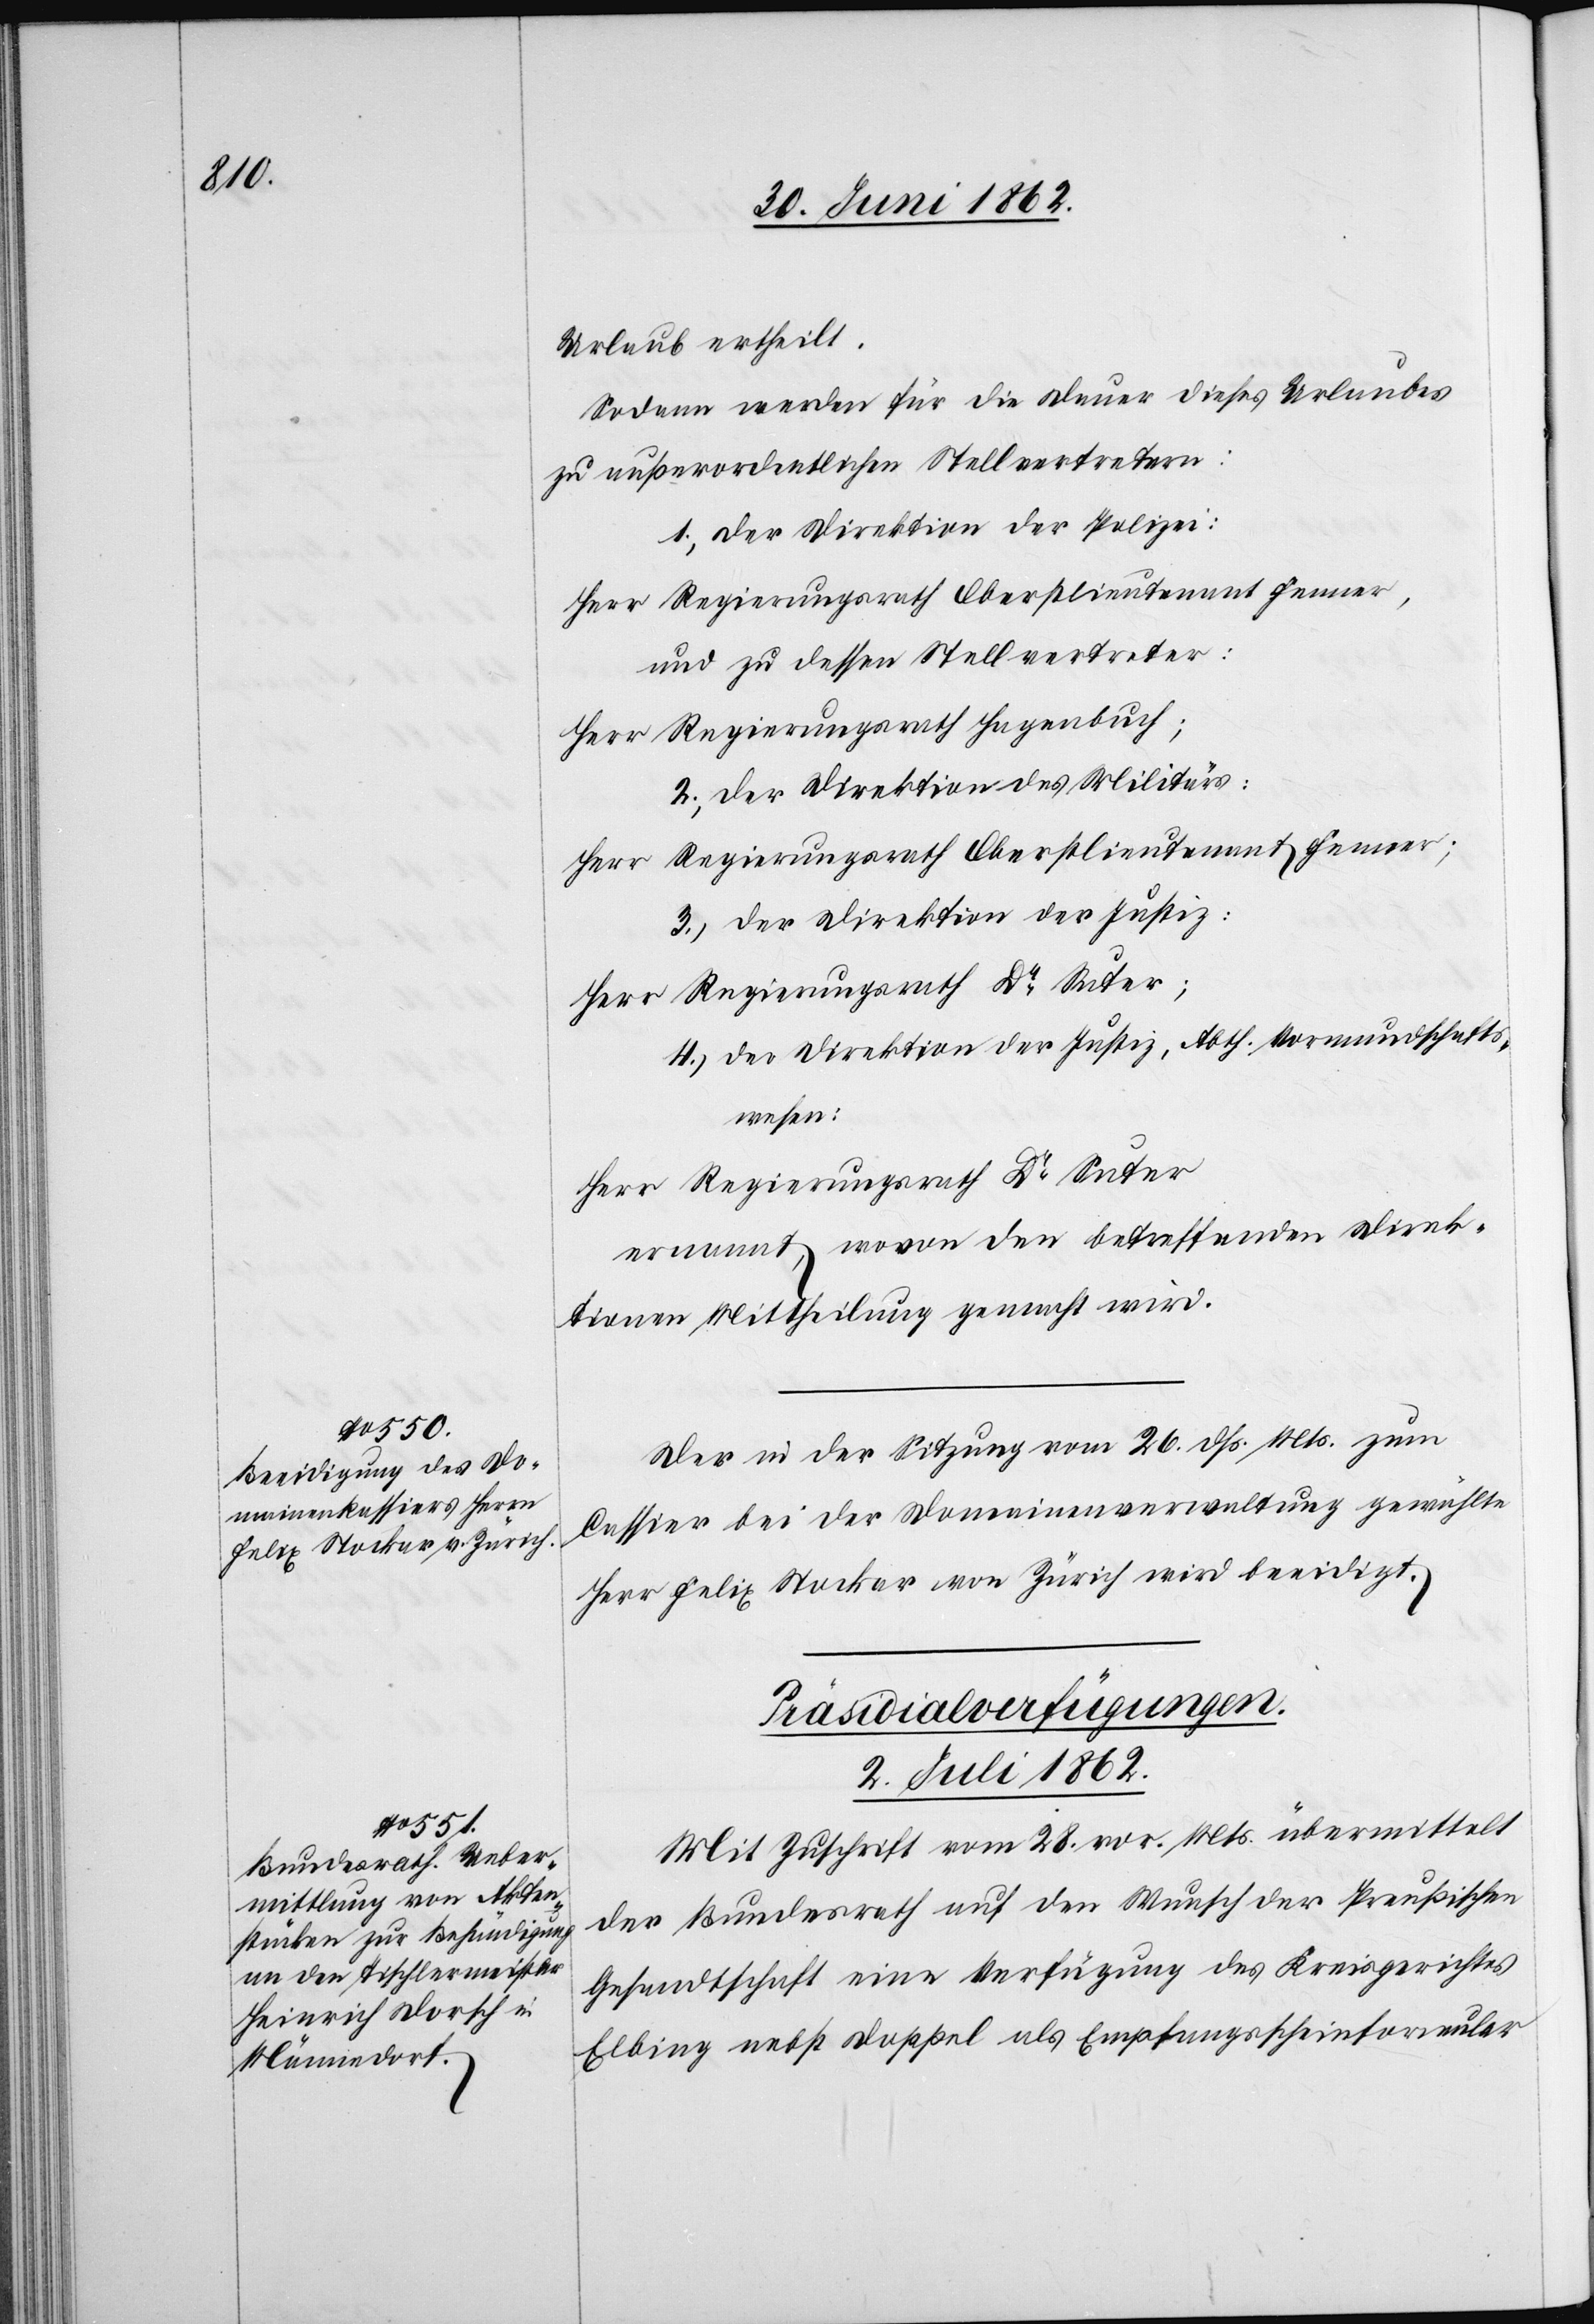
Urlaub ertheilt.
Sodann werden für die Dauer dieses Urlaubes
zu außerordentlichen Stellvertretern:
1. Der Direktion der Polizei:
Herr Regierungsrath Oberstlieutenant Fenner,
und zu dessen Stellvertreter:
Herr Regierungsrath Hagenbuch;
2. Der Direktion des Militärs:
Regierungsrath Oberstlieutenant Fenner;
Herr
3. Der Direktion der Justiz;
Herr Regierungsrath Dr. Suter;
4. Der Direktion der Justiz, Abth. Vormundschafts¬
wesen:
Herr Regierungsrath Dr. Suter
ernannt, wovon den betreffenden Direk¬
tionen Mittheilung gemacht wird.
Der in der Sitzung vom 26. dß. Mts. zum
Cassier bei der Domainenverwaltung gewählte
Herr Felix Stockar von Zürich wird beeidigt.
Präsidialverfügungen.
2. Juli 1862.
Mit Zuschrift vom 28. vor. Mts. übermittelt
der Bundesrath auf den Wunsch der Preußischen
Gesandtschaft eine Verfügung des Kreisgerichtes
Ebling nebst Doppel als Empfangsscheinformular